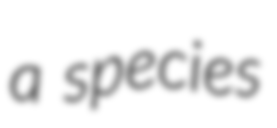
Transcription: a species